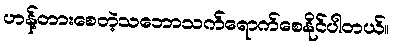
ဟန့်တားစေတဲ့သဘောသက်ရောက်စေနိုင်ပါတယ်။